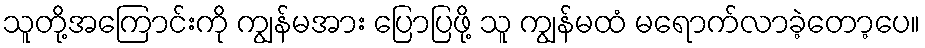
သူတို့အကြောင်းကို ကျွန်မအား ပြောပြဖို့ သူ ကျွန်မထံ မရောက်လာခဲ့တော့ပေ။